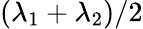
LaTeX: (\lambda_{1}+\lambda_{2})/2